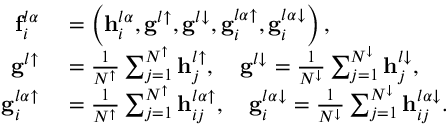
\begin{array} { r l } { \mathbf { f } _ { i } ^ { l \alpha } } & { { } = \left( \mathbf { h } _ { i } ^ { l \alpha } , \mathbf { g } ^ { l \uparrow } , \mathbf { g } ^ { l \downarrow } , \mathbf { g } _ { i } ^ { l \alpha \uparrow } , \mathbf { g } _ { i } ^ { l \alpha \downarrow } \right) , } \\ { \mathbf { g } ^ { l \uparrow } } & { { } = \frac { 1 } { N ^ { \uparrow } } \sum _ { j = 1 } ^ { N ^ { \uparrow } } \mathbf { h } _ { j } ^ { l \uparrow } , \quad \mathbf { g } ^ { l \downarrow } = \frac { 1 } { N ^ { \downarrow } } \sum _ { j = 1 } ^ { N ^ { \downarrow } } \mathbf { h } _ { j } ^ { l \downarrow } , } \\ { \mathbf { g } _ { i } ^ { l \alpha \uparrow } } & { { } = \frac { 1 } { N ^ { \uparrow } } \sum _ { j = 1 } ^ { N ^ { \uparrow } } \mathbf { h } _ { i j } ^ { l \alpha \uparrow } , \quad \mathbf { g } _ { i } ^ { l \alpha \downarrow } = \frac { 1 } { N ^ { \downarrow } } \sum _ { j = 1 } ^ { N ^ { \downarrow } } \mathbf { h } _ { i j } ^ { l \alpha \downarrow } . } \end{array}